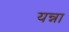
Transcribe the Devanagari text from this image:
यन्ना